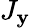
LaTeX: J_{\mathbf{y}}